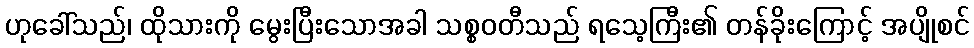
ဟုခေါ်သည်၊ ထိုသားကို မွေးပြီးသောအခါ သစ္စဝတီသည် ရသေ့ကြီး၏ တန်ခိုးကြောင့် အပျိုစင်